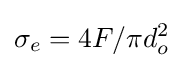
\sigma _{e}=4F/\pi d_{o}^{2}